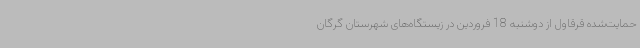
حمایت‌شده قرقاول از دوشنبه 18 فروردین در زیستگاه‌های شهرستان گرگان